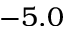
- 5 . 0